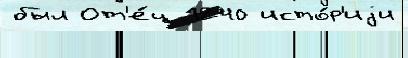
был От'е́ц 1240 исто́р'иjи